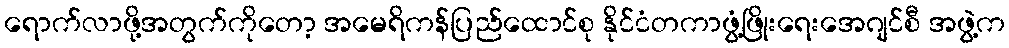
ရောက်လာဖို့အတွက်ကိုတော့ အမေရိကန်ပြည်ထောင်စု နိုင်ငံတကာဖွံ့ဖြိုးရေးအေဂျင်စီ အဖွဲ့က